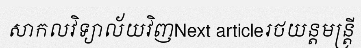
សាកលវិទ្យាល័យវិញNext articleរថយន្តមន្ត្រី